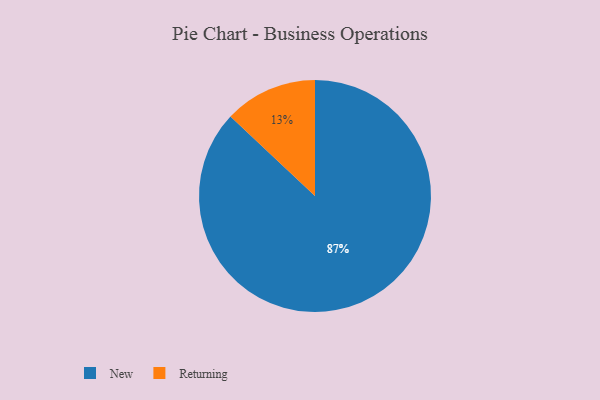
{"axis": {"x": "Category", "y": "Percentage"}, "legend": ["New", "Returning"], "data": [{"x": "Returning", "y": 13, "type": "Returning"}, {"x": "New", "y": 87, "type": "New"}]}